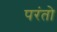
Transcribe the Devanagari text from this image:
परंतो